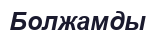
Болжамды